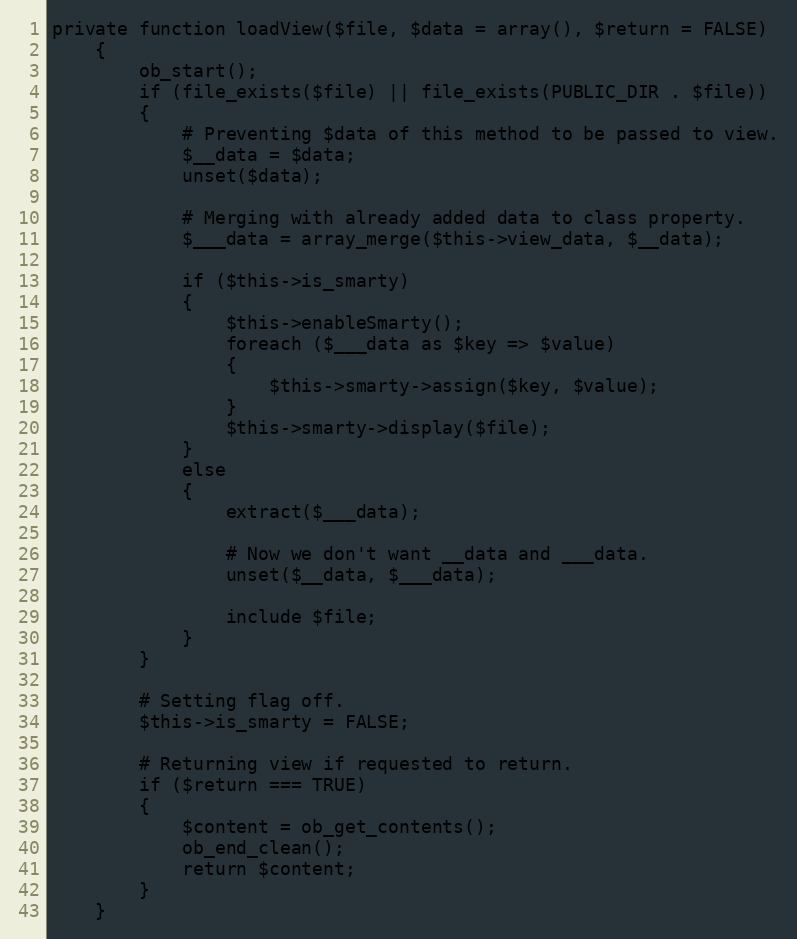
Language: PHP
private function loadView($file, $data = array(), $return = FALSE)
    {
        ob_start();
        if (file_exists($file) || file_exists(PUBLIC_DIR . $file))
        {
            # Preventing $data of this method to be passed to view.
            $__data = $data;
            unset($data);

            # Merging with already added data to class property.
            $___data = array_merge($this->view_data, $__data);

            if ($this->is_smarty)
            {
                $this->enableSmarty();
                foreach ($___data as $key => $value)
                {
                    $this->smarty->assign($key, $value);
                }
                $this->smarty->display($file);
            }
            else
            {
                extract($___data);

                # Now we don't want __data and ___data.
                unset($__data, $___data);

                include $file;
            }
        }

        # Setting flag off.
        $this->is_smarty = FALSE;

        # Returning view if requested to return.
        if ($return === TRUE)
        {
            $content = ob_get_contents();
            ob_end_clean();
            return $content;
        }
    }